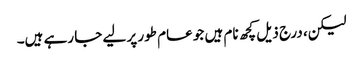
لیکن، درج ذیل کچھ نام ہیں جو عام طور پر لیے جا رہے ہیں۔